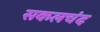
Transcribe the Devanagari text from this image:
सकलचंद